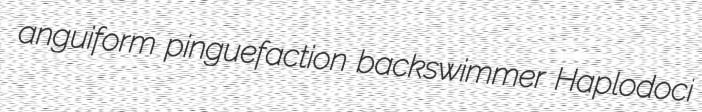
anguiform pinguefaction backswimmer Haplodoci